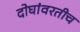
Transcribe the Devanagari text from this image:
दोघांवरतीच